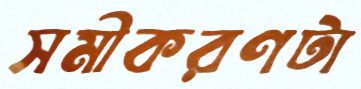
সমীকরণটা